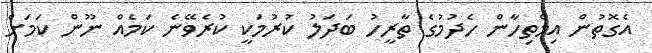
އެގޮތުން އިމްތިހާން ހެދުމުގެ ތާރީހު ބަދަލު ކުރުމަކީ ކުރެވޭނެ ކަމެއް ނޫން ކަމަށް